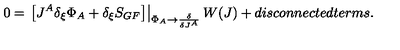
0 = \left. \left[ J ^ { A } \delta _ { \xi } \Phi _ { A } + \delta _ { \xi } S _ { G F } \right] \right| _ { \Phi _ { A } \rightarrow \frac { \delta } { \delta J ^ { A } } } W ( J ) + d i s c o n n e c t e d t e r m s .